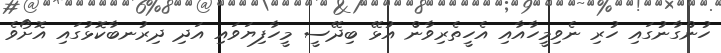
ހުންގާނުގައި ހުރި ނެވިމީހާއާއި އެހީތެރިވާން އުޅޭ ބިދޭސީ މީހާފިޔަވައި އަދި ދިރުނބާކޮޅުގައި އޮށޯވެ